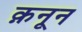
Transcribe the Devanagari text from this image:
क़नून